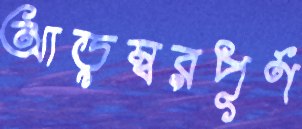
আড়ম্বরপূর্ণ